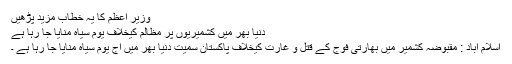
وزیر اعظم کا یہ خطاب مزید پڑھیں
دنیا بھر میں کشمیریوں پر مظالم کیخلاف یوم سیاہ منایا جا رہا ہے
اسلام آباد : مقبوضہ کشمیر میں بھارتی فوج کے قتل و غارت کیخلاف پاکستان سمیت دنیا بھر میں آج یوم سیاہ منایا جا رہا ہے ۔